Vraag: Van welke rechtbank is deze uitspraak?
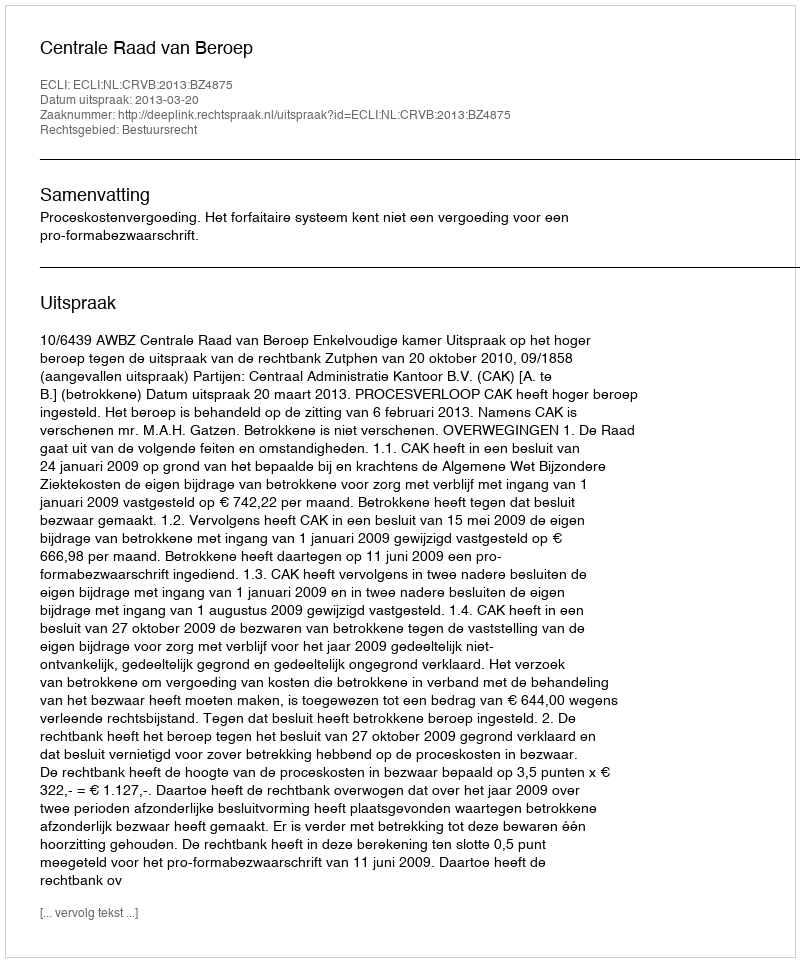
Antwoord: Centrale Raad van Beroep